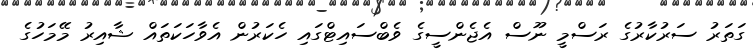
ގަތަރު ސަރުކާރުގެ ރަސްމީ ނޫސް އެޖެންސީގެ ވެބްސައިޓްގައި ހެކަރުން އެވާހަކަތައް ޝާއިރު މޭމަހުގެ